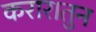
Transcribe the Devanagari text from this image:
करारातुन